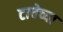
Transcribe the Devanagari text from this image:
टाचेच्या